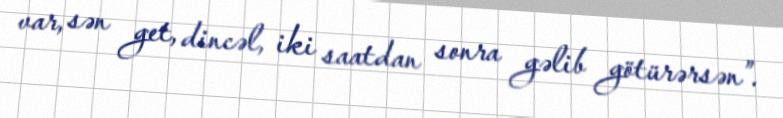
var, sən get, dincəl, iki saatdan sonra gəlib götürərsən”.